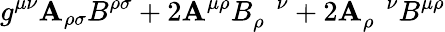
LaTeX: g^{\mu\nu}\mathbf{A}_{\rho\sigma}B^{\rho\sigma}+2\mathbf{A}^{\mu\rho}B_{\rho}^{\; \; \; \nu}+2\mathbf{A}_{\rho}^{\; \; \; \nu}B^{\mu\rho}